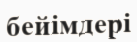
бейімдері